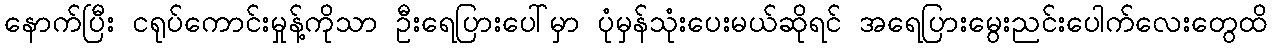
နောက်ပြီး ငရုပ်ကောင်းမှုန့်ကိုသာ ဦးရေပြားပေါ်မှာ ပုံမှန်သုံးပေးမယ်ဆိုရင် အရေပြားမွေးညင်းပေါက်လေးတွေထိ